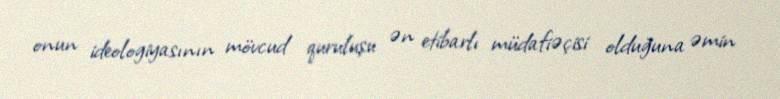
onun ideologiyasının mövcud quruluşu ən etibarlı müdafiəçisi olduğuna əmin